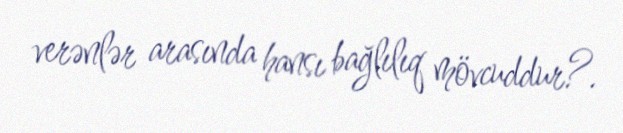
verənlər arasında hansı bağlılıq mövcuddur?.